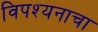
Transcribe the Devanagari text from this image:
विपश्यनाचा